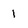
Character: 1